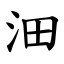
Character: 沺